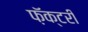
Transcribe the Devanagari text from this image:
फ़ॅक्टरी